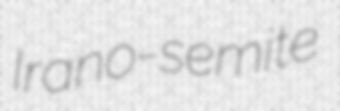
Irano-semite